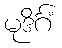
မုဒိင်္ဂံ